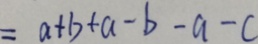
= a + b + a - b - a - c